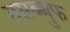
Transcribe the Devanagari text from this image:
तसब्बुफ